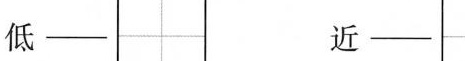
低- 近-